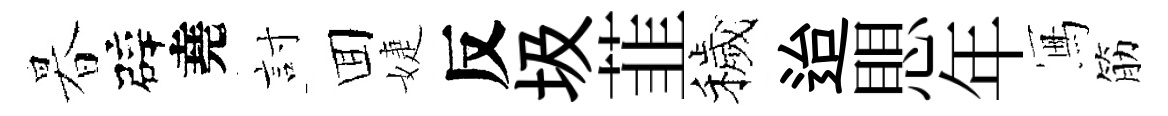
暮辟堯討囬婕反圾韮穢迨愳年冩筋